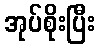
အုပ်စိုးပြီး